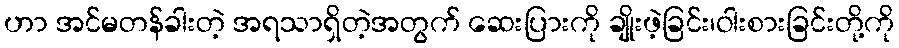
ဟာ အင်မတန်ခါးတဲ့ အရသာရှိတဲ့အတွက် ဆေးပြားကို ချိုးဖဲ့ခြင်း၊ဝါးစားခြင်းတို့ကို